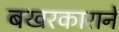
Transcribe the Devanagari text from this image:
बखरकाराने